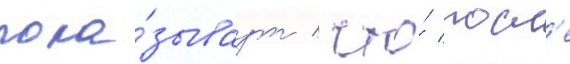
пока́зываут / что́ посл'е